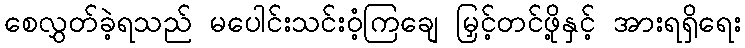
စေလွှတ်ခဲ့ရသည် မပေါင်းသင်းဝံ့ကြချေ မြှင့်တင်ဖို့နှင့် အားရရှိရေး